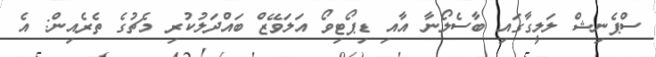
ސްޕެނިޝް ލަލީގާގައި ބާސެލޯނާ އާއި ޑިޕޯޓިވޯ އަލަވޭޒް ބައްދަލުކުރި މެޗުގެ ތެރެއިން: އެ